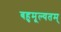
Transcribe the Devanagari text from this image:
बहुमूल्यतम्